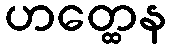
ဟတ္ထေန